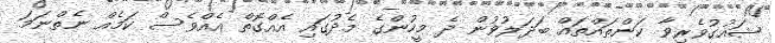
ޝައުގުވެރިވާ ކަންތައްތައް ބަދަލުުވުން ދެ މީހުންގެ މެދުގައި އެއްގޮތް އެއްވެސް ކަމެއް ނެތްނަމަ